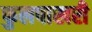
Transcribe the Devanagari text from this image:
फुलपाखरी